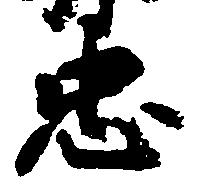
忠